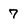
Character: 7